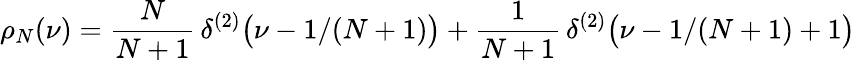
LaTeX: \rho_{N}(\nu)={\frac{N}{N+1}}\, \delta^{(2)}\bigl(\nu-1/(N+1)\bigr)+{\frac{1}{N+1}}\, \delta^{(2)}\bigl(\nu-1/(N+1)+1\bigr)